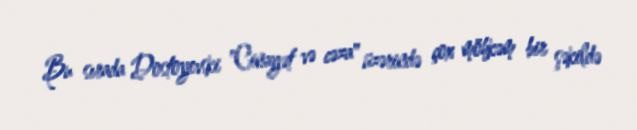
Bu sırada Dostoyevski "Cinayət və cəza" üzərində çox möhkəm bir şəkildə